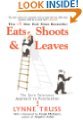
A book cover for Eats Shoots & Leaves the zero tolerance approach to punctutation 2006 Gotham Trade paperback; Author; Reference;